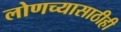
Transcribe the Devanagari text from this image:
लोणच्यासाठीही